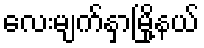
လေးမျက်နှာမြို့နယ်